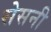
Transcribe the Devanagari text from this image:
सेसनी